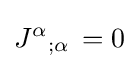
J^{\alpha }{}_{;\alpha }\,=0